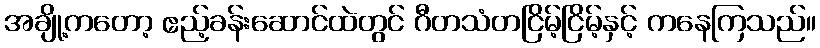
အချို့ကတော့ ဧည့်ခန်းဆောင်ထဲတွင် ဂီတသံတငြိမ့်ငြိမ့်နှင့် ကနေကြသည်။